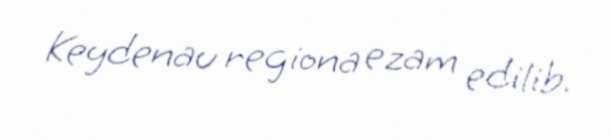
Keydenau regiona ezam edilib.